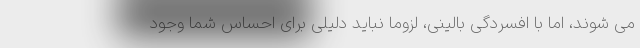
می شوند، اما با افسردگی بالینی، لزوما نباید دلیلی برای احساس شما وجود